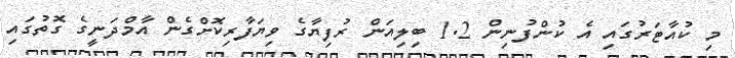
މި ކުއާޓަރުގައި އެ ކުންފުނިން 1.2 ބިލިއަން ރުފިޔާގެ ވިޔަފާރިކޮށްގެން އާމްދަނީގެ ގޮތުގައި